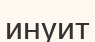
инуит